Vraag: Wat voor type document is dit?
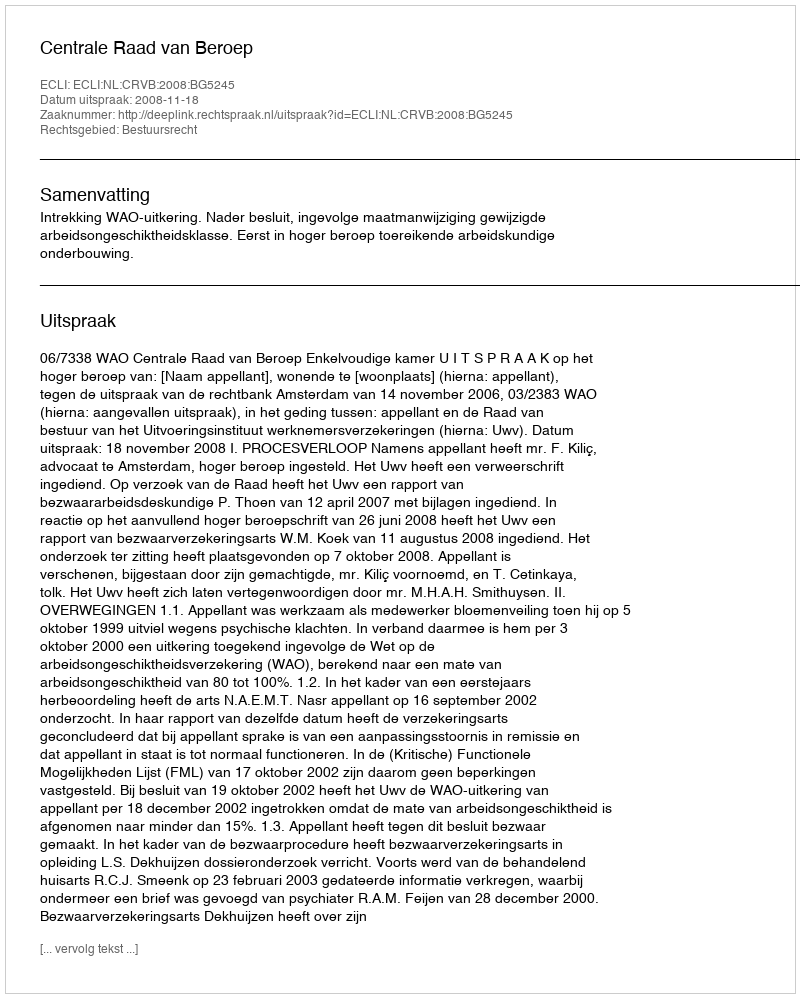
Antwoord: Uitspraak